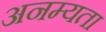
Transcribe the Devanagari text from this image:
अनम्यता